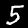
Digit: 5